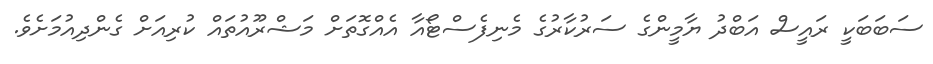
ސަބަބަކީ ރައީސް އަބްދު ޔާމީންގެ ސަރުކާރުގެ މެނިފެސްޓޯއާ އެއްގޮތަށް މަޝްރޫއުތައް ކުރިއަށް ގެންދިއުމަށެވެ.